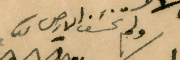
ولم تخسَف الارص